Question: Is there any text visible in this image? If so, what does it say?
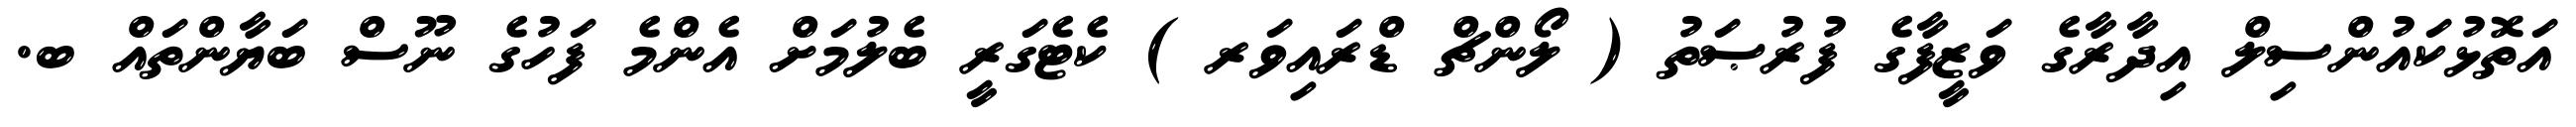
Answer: އަތޮޅުކައުންސިލް އިދާރާގެ ވަޒީފާގެ ފުރުޞަތު ( ލޯންޗް ޑްރައިވަރ ) ކެޓެގަރީ ބެލުމަށް އެންމެ ފަހުގެ ނޫސް ބަޔާންތައް ބ.